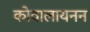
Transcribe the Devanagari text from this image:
कोवालायनन